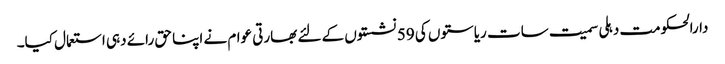
دارالحکومت دہلی سمیت سات ریاستوں کی 59 نشستوں کے لئے بھارتی عوام نے اپنا حق رائے دہی استعمال کیا۔